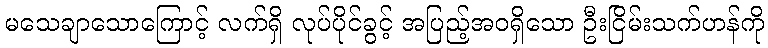
မသေချာသောကြောင့် လက်ရှိ လုပ်ပိုင်ခွင့် အပြည့်အဝရှိသော ဦးငြိမ်းသက်ဟန်ကို